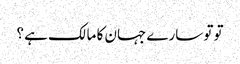
تو تو سارے جہان کا مالک ہے ؟